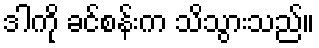
ဒါကို ခင်စန်းက သိသွားသည်။